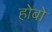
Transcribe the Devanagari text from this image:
होबो